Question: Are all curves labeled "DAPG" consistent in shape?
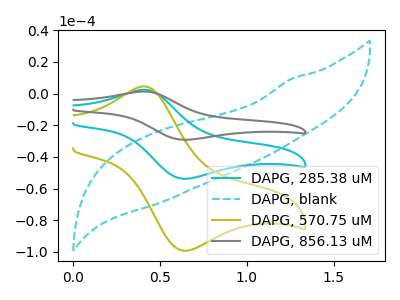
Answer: <think>The cyan curve "DAPG, 285.38 uM" has an anodic peak at (0.40V, 2.50uA) and a cathodic peak at (0.65V, -53.75uA). The cyan dashed curve "DAPG, blank" has no peaks. The olive curve "DAPG, 570.75 uM" has an anodic peak at (0.40V, 4.60uA) and a cathodic peak at (0.65V, -99.15uA). The gray curve "DAPG, 856.13 uM" has an anodic peak at (0.40V, 4.95uA) and a cathodic peak at (0.65V, -107.45uA).
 "DAPG, 285.38 uM" and "DAPG, blank" have a different number of peaks. All the peaks in "DAPG, 285.38 uM" have a peak in "DAPG, 570.75 uM" at the same potential. Every peak in "DAPG, 285.38 uM" is lower than every peak in "DAPG, 570.75 uM". All the peaks in "DAPG, 285.38 uM" have a peak in "DAPG, 856.13 uM" at the same potential. Every peak in "DAPG, 285.38 uM" is lower than every peak in "DAPG, 856.13 uM". "DAPG, blank" and "DAPG, 570.75 uM" have a different number of peaks. "DAPG, blank" and "DAPG, 856.13 uM" have a different number of peaks. All the peaks in "DAPG, 570.75 uM" have a peak in "DAPG, 856.13 uM" at the same potential. Every peak in "DAPG, 570.75 uM" is lower than every peak in "DAPG, 856.13 uM".</think>
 <answer>All the CV's of "DAPG" have similar shape.</answer>
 <eval>follow_rule</eval>